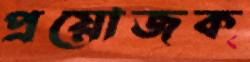
প্রয়োজক